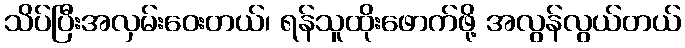
သိပ်ပြီးအလှမ်းဝေးတယ်၊ ရန်သူထိုးဖောက်ဖို့ အလွန်လွယ်တယ်